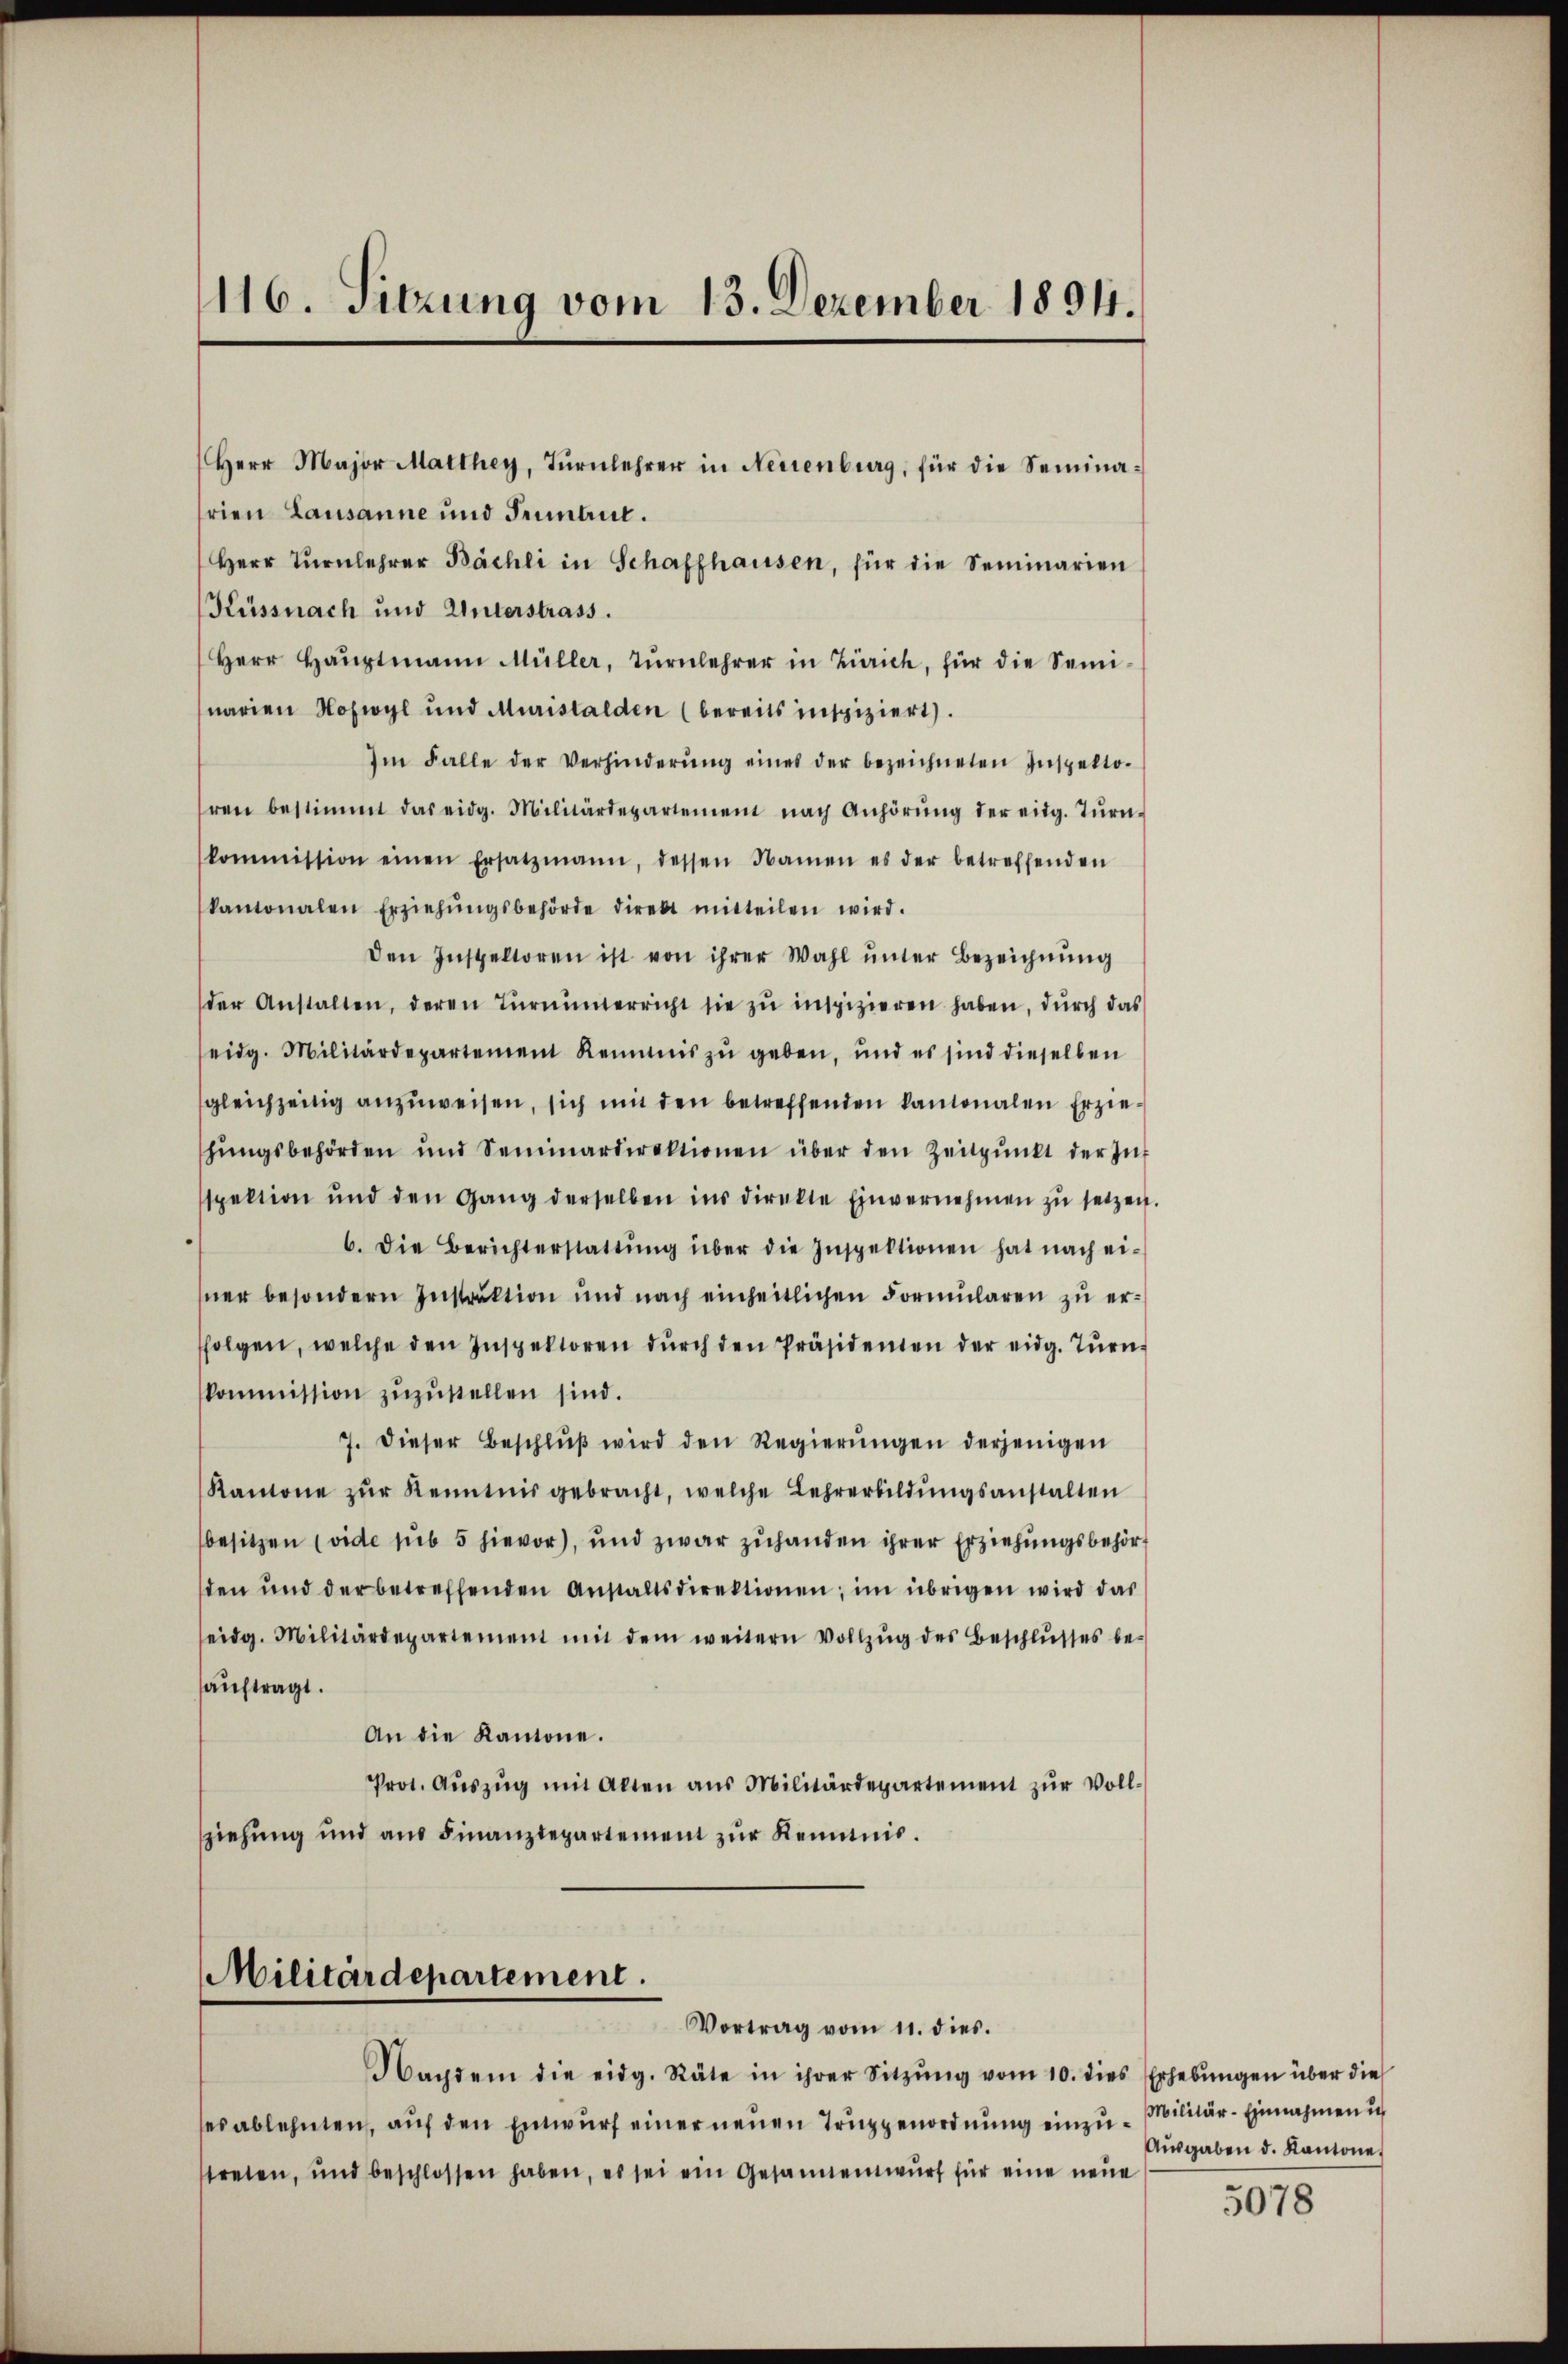
116. Sitzung vom 13. Dezember 1894.

Herr Major Marthey, Tŭrnlehrer in Neuenburg, für die Seminarien Lausanne und Jemant.
Herr Tŭrnlehrer Bächli in Schaffhausen, für die Seminarien
Küssnach und Unterstrass.
Herr Haŭptmann Müller, Tŭrnlehrer in Zürich, für die Semi-
narien Hoswyl und Muristalden (bereits inspiziert).
Im Falle der Verhinderŭng eines der bezeichneten Inspetto-
hren bestimmt das eidg. Militärdepartement nach Anhörŭng der eidg. Tŭrn-
kommission einen Ersatzmann, dessen Namen es der betreffenden
kantonalen Erziehŭngsbehörde direkt mitteilen wird.
den Inspektoren ist von ihrer Wahl unter Bezeichnung
der Anstalten, deren Tŭrnŭnterricht sie zŭ inspizieren haben, dŭrch das
eidg. Militärdepartement Reimis zŭ geben, und es sind dieselben
sgleichzeitig anzuweisen, sich mit den betreffenden kantonalen Erziehŭngsbehörden und Seminardirektionen über den Zeitpŭnkt der Inf
spektion und den Gang derselben ins direkte Einvernehmen zŭ setzen.
6. Die Berichterstattŭng über die Inspektionen hat nach ei-
sner besondern Instruktion und nach einheitlichen Formularen zu erfolgen, welche den Inspektoren durch den Präsidenten der eidg. Turnkommission zŭzŭstellen sind.
7. dieser Beschlŭβ wird den Regierŭngen derjenigen
Kantone zŭr Kenntnis gebracht, welche Lehrerbildŭngsanstalten
besitzen (vide sub 5 hievor), und zwar zuhanden ihrer Erziehungsbehörd
den und der betreffenden Anstaltsdirektionen; im übrigen wird das
seidg. Militärdepartement mit dem weitern Vollzŭg des Beschlŭsses be-
auftragt.
An die Kantone.
Prot. Aŭszŭg mit Alten aus Militärdepartement zŭr Vollsziehŭng und aŭs Finanzdepartement zŭr Kenntnis.

Militärdepartement.
Vortrag vom 11. dies.

Nachdem die eidg. Räte in ihrer Sitzŭng vom 10. dies Erhebŭngen über die
ses ablehnten, auf den Entwurf einer neuen Truppenordnung einzu-Militär-Einnahmen u.
streten, und beschlossen haben, es sei ein Gesanentwurf für eine neue

Ausgaben d. Kantone

5078